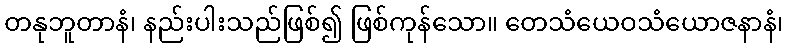
တနုဘူတာနံ၊ နည်းပါးသည်ဖြစ်၍ ဖြစ်ကုန်သော။ တေသံယေဝသံယောဇနာနံ၊